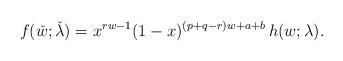
LaTeX: \begin{align*} f(\check{w}; \check{\lambda}) = x^{r w-1}(1-x)^{(p+q-r)w+a+b} \, h(w; \lambda). \end{align*}